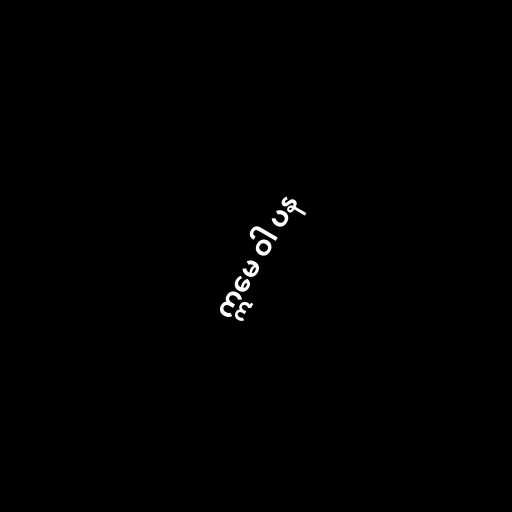
ဣမေ ဝါ ပန